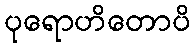
ပုရောဟိတောပိ